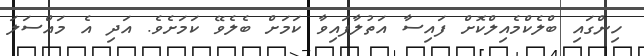
ހިންގައި ބްލެކްމެއިލްކޮށް ފައިސާ އަތުލާފައިވާ ކަމަށް ބެލެވޭ ކަމަށެވެ. އަދި އެ މައްސަލަ